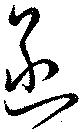
函